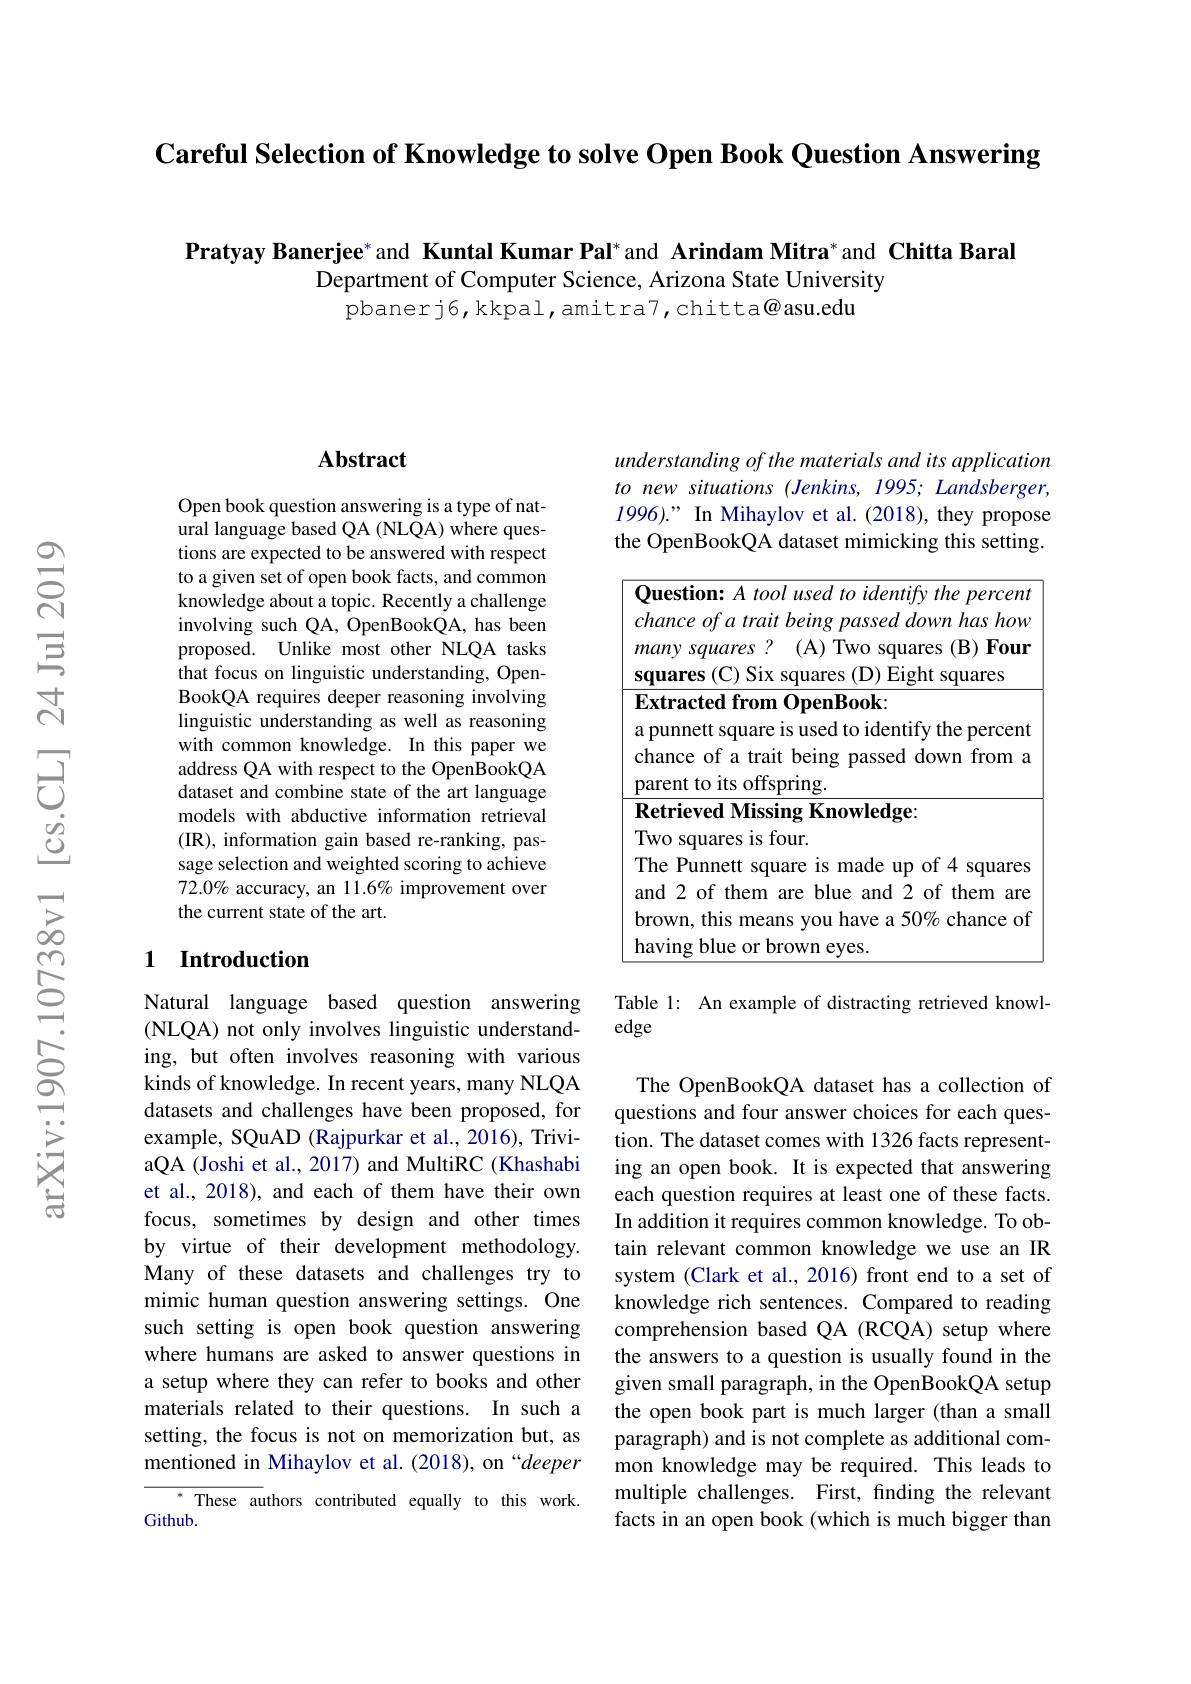
Careful Selection of Knowledge to solve Open Book Question Answering

Pratyay Banerjee* and Kuntal Kumar Pal* and Arindam Mitra* and Chitta Baral
Department of Computer Science, Arizona State University
pbanerj6, kkpal, amitra7, chitta@ asu.edu

## $\mathbf{Abstract}$

Open book question answering is a type of nat- $\hat{\text{ural language based QA (NLQA) where ques-}}$ tions are expected to be answered with respect to a given set of open book facts, and common knowledge about a topic. Recently a challenge involving such QA, OpenBookQA, has been proposed. Unlike most other NLQA tasks that focus on linguistic understanding, OpenBookQA requires deeper reasoning involving linguistic understanding as well as reasoning with common knowledge. In this paper we address QA with respect to the OpenBookQA dataset and combine state of the art language models with abductive information retrieval (IR), information gain based re-ranking, passage selection and weighted scoring to achieve 72.0% accuracy, an 11.6% improvement over the current state of the art.

## 1 Introduction

Natural language based question answering (NLQA) not only involves linguistic understanding, but often involves reasoning with various kinds of knowledge. In recent years, many NLQA datasets and challenges have been proposed, for example, SQuAD (Rajpurkar et al., 2016), TriviaQA (Joshi et al., 2017) and MultiRC (Khashabi et al., 2018), and each of them have their own focus, sometimes by design and other times by virtue of their development methodology. Many of these datasets and challenges try to mimic human question answering settings. One such setting is open book question answering where humans are asked to answer questions in a setup where they can refer to books and other materials related to their questions. In such a setting, the focus is not on memorization but, as mentioned in Mihaylov et al. (2018), on “deeper
$^{*}$ These authors contributed equally to this work.
Github.

understanding of the materials and its application to new situations (Jenkins, 1995; Landsberger, 1996).” In Mihaylov et al.(2018), they propose the OpenBookQA dataset mimicking this setting.

<table>
	<tbody>
		<tr>
			<td> </td>
			<td>uestion: $A\textit{tool used to identify the percen}$ ance of a trait being passed down has how</td>
		</tr>
		<tr>
			<td> </td>
			<td>$\textbf{xtracted from OpenBook: }$ unnett square is used to identify the percen ance of a trait being passed down from</td>
		</tr>
		<tr>
			<td> </td>
			<td>ne Punnett square is made up of 4 squares d2 of them are hlue and 2 of them $i$ $a\Upsilon$</td>
		</tr>
	</tbody>
</table>

Table 1: An example of distracting retrieved knowl-
edge

The OpenBookQA dataset has a collection of questions and four answer choices for each question. The dataset comes with 1326 facts representing an open book. It is expected that answering each question requires at least one of these facts. In addition it requires common knowledge. To obtain relevant common knowledge we use an IR system (Clark et al., 2016) front end to a set of knowledge rich sentences. Compared to reading comprehension based QA (RCQA) setup where the answers to a question is usually found in the given small paragraph, in the OpenBookQA setup the open book part is much larger (than a small paragraph) and is not complete as additional common knowledge may be required. This leads to multiple challenges. First, finding the relevant facts in an open book (which is much bigger than